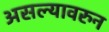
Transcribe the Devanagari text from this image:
असल्यावरुन